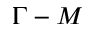
\Gamma - M